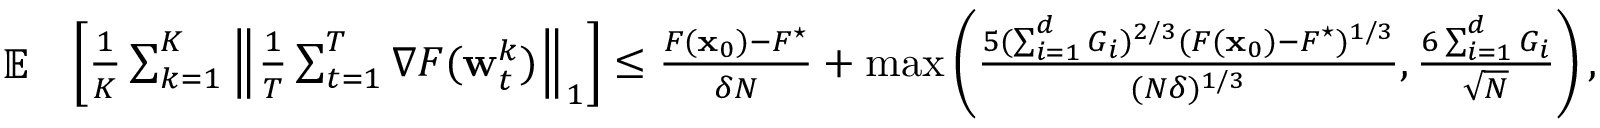
\begin{array} { r l } { \mathop { \mathbb { E } } } & { \left[ \frac { 1 } { K } \sum _ { k = 1 } ^ { K } \left\| \frac { 1 } { T } \sum _ { t = 1 } ^ { T } \nabla F ( { \mathbf w } _ { t } ^ { k } ) \right\| _ { 1 } \right] \le \frac { F ( { \mathbf x } _ { 0 } ) - F ^ { \star } } { \delta N } + \operatorname* { m a x } \left( \frac { 5 ( \sum _ { i = 1 } ^ { d } G _ { i } ) ^ { 2 / 3 } ( F ( { \mathbf x } _ { 0 } ) - F ^ { \star } ) ^ { 1 / 3 } } { ( N \delta ) ^ { 1 / 3 } } , \frac { 6 \sum _ { i = 1 } ^ { d } G _ { i } } { \sqrt { N } } \right) , } \end{array}